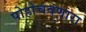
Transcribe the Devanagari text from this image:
पोहोचवणारा